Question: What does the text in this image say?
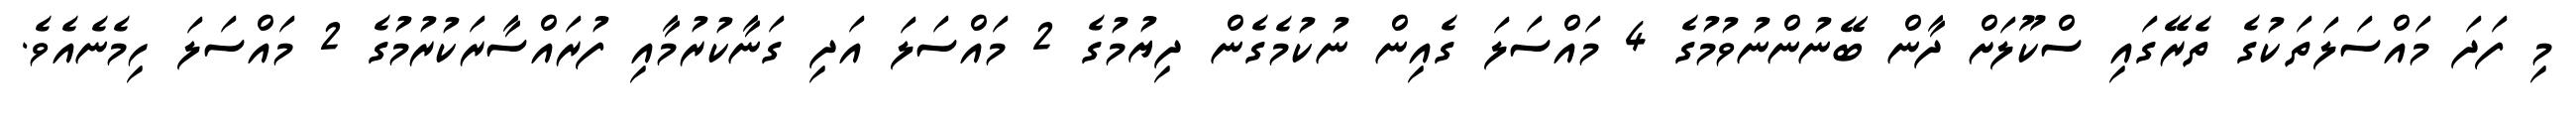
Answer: މި ފަދަ މައްސަލަތަކުގެ ތެރޭގައި ސްކޫލަށް ދާން ބޭނުންނުވުމުގެ 4 މައްސަލަ ގެއިން ނުކުމެގެން ދިޔުމުގެ 2 މައްސަލަ އަދި ގަނާކުރުމާއި ފުރައްސާރަކުރުމުގެ 2 މައްސަލަ ހިމެނެއެވެ.